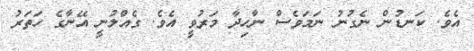
އެވެ. ކަނޑުން ނެގުނު ނަމަވެސް ނާހިދާ މަރުވީ އެވެ. ގެއްލުނީ އޭނާގެ ހަތަރު